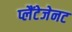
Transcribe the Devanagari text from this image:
प्लैंटेजेनट